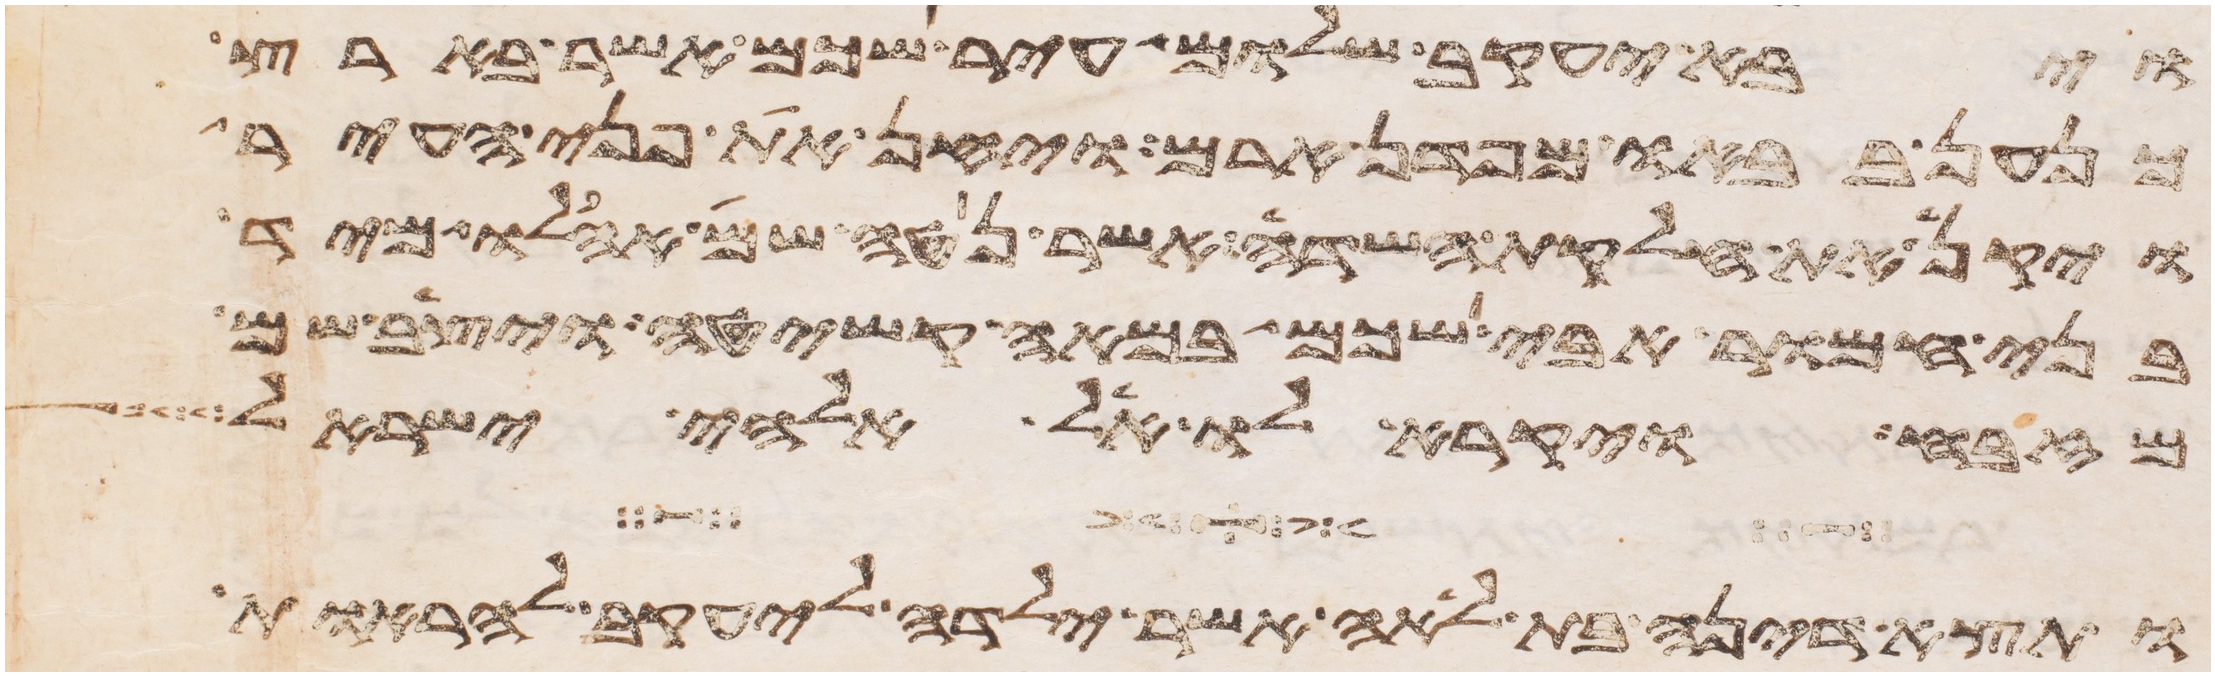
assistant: ויבא יעקב שלום עיר שכם אשר בארץ
כנען בבאו מפדן ארם ויחן את פני העיר
ויקן את חלקת השדה אשר נטה שם אהלו מיד
בני חמור אבי שכם במאה קשיטה ויצב שם
מזבח ויקרא לו אל אלהי ישראל
ותצא דינה בת לאה אשר ילדה ליעקב להראות